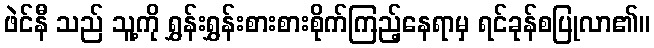
ဖဲင်နီ သည် သူ့ကို ရွှန်းရွှန်းစားစားစိုက်ကြည့်နေရာမှ ရင်ခုန်စပြုလာ၏။